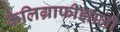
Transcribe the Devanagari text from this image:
कैलिग्राफीझाली